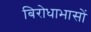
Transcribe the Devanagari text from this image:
बिरोधाभासों